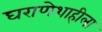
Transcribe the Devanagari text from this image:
घराणेशाहीला